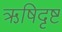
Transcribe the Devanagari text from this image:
ऋषिदृष्ट